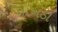
નાખડા